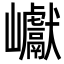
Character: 巘